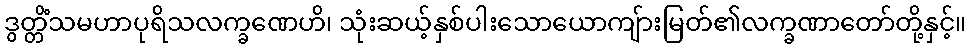
ဒွတ္တိံသမဟာပုရိသလက္ခဏေဟိ၊ သုံးဆယ့်နှစ်ပါးသောယောကျ်ားမြတ်၏လက္ခဏာတော်တို့နှင့်။